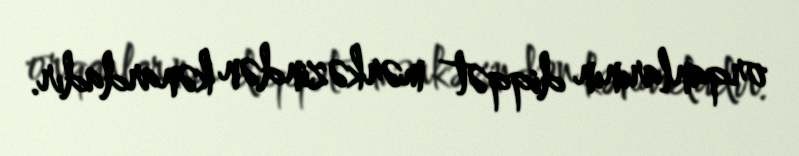
orqanlarının diqqət mərkəzindən kənardadır.